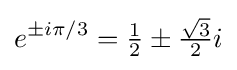
e^{\pm i\pi /3}={\tfrac {1}{2}}\pm {\tfrac {\sqrt {3}}{2}}i